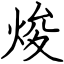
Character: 焌